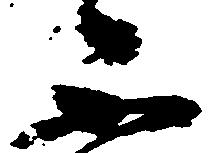
不